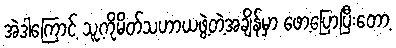
အဲဒါကြောင့် သူ့ကိုမိတ်သဟာယဖွဲ့တဲ့အချိန်မှာ ဖော့ပြောပြီးတော့